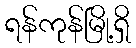
ရန်ကုန်မြို့ရှိ